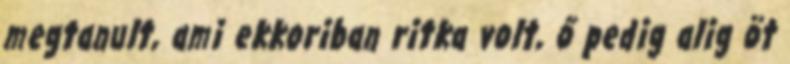
megtanult, ami ekkoriban ritka volt, ő pedig alig öt